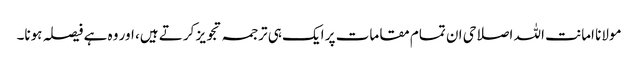
مولانا امانت اللہ اصلاحی ان تمام مقامات پر ایک ہی ترجمہ تجویز کرتے ہیں، اور وہ ہے فیصلہ ہونا۔